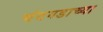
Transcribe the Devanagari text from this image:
चंदगडाच्या